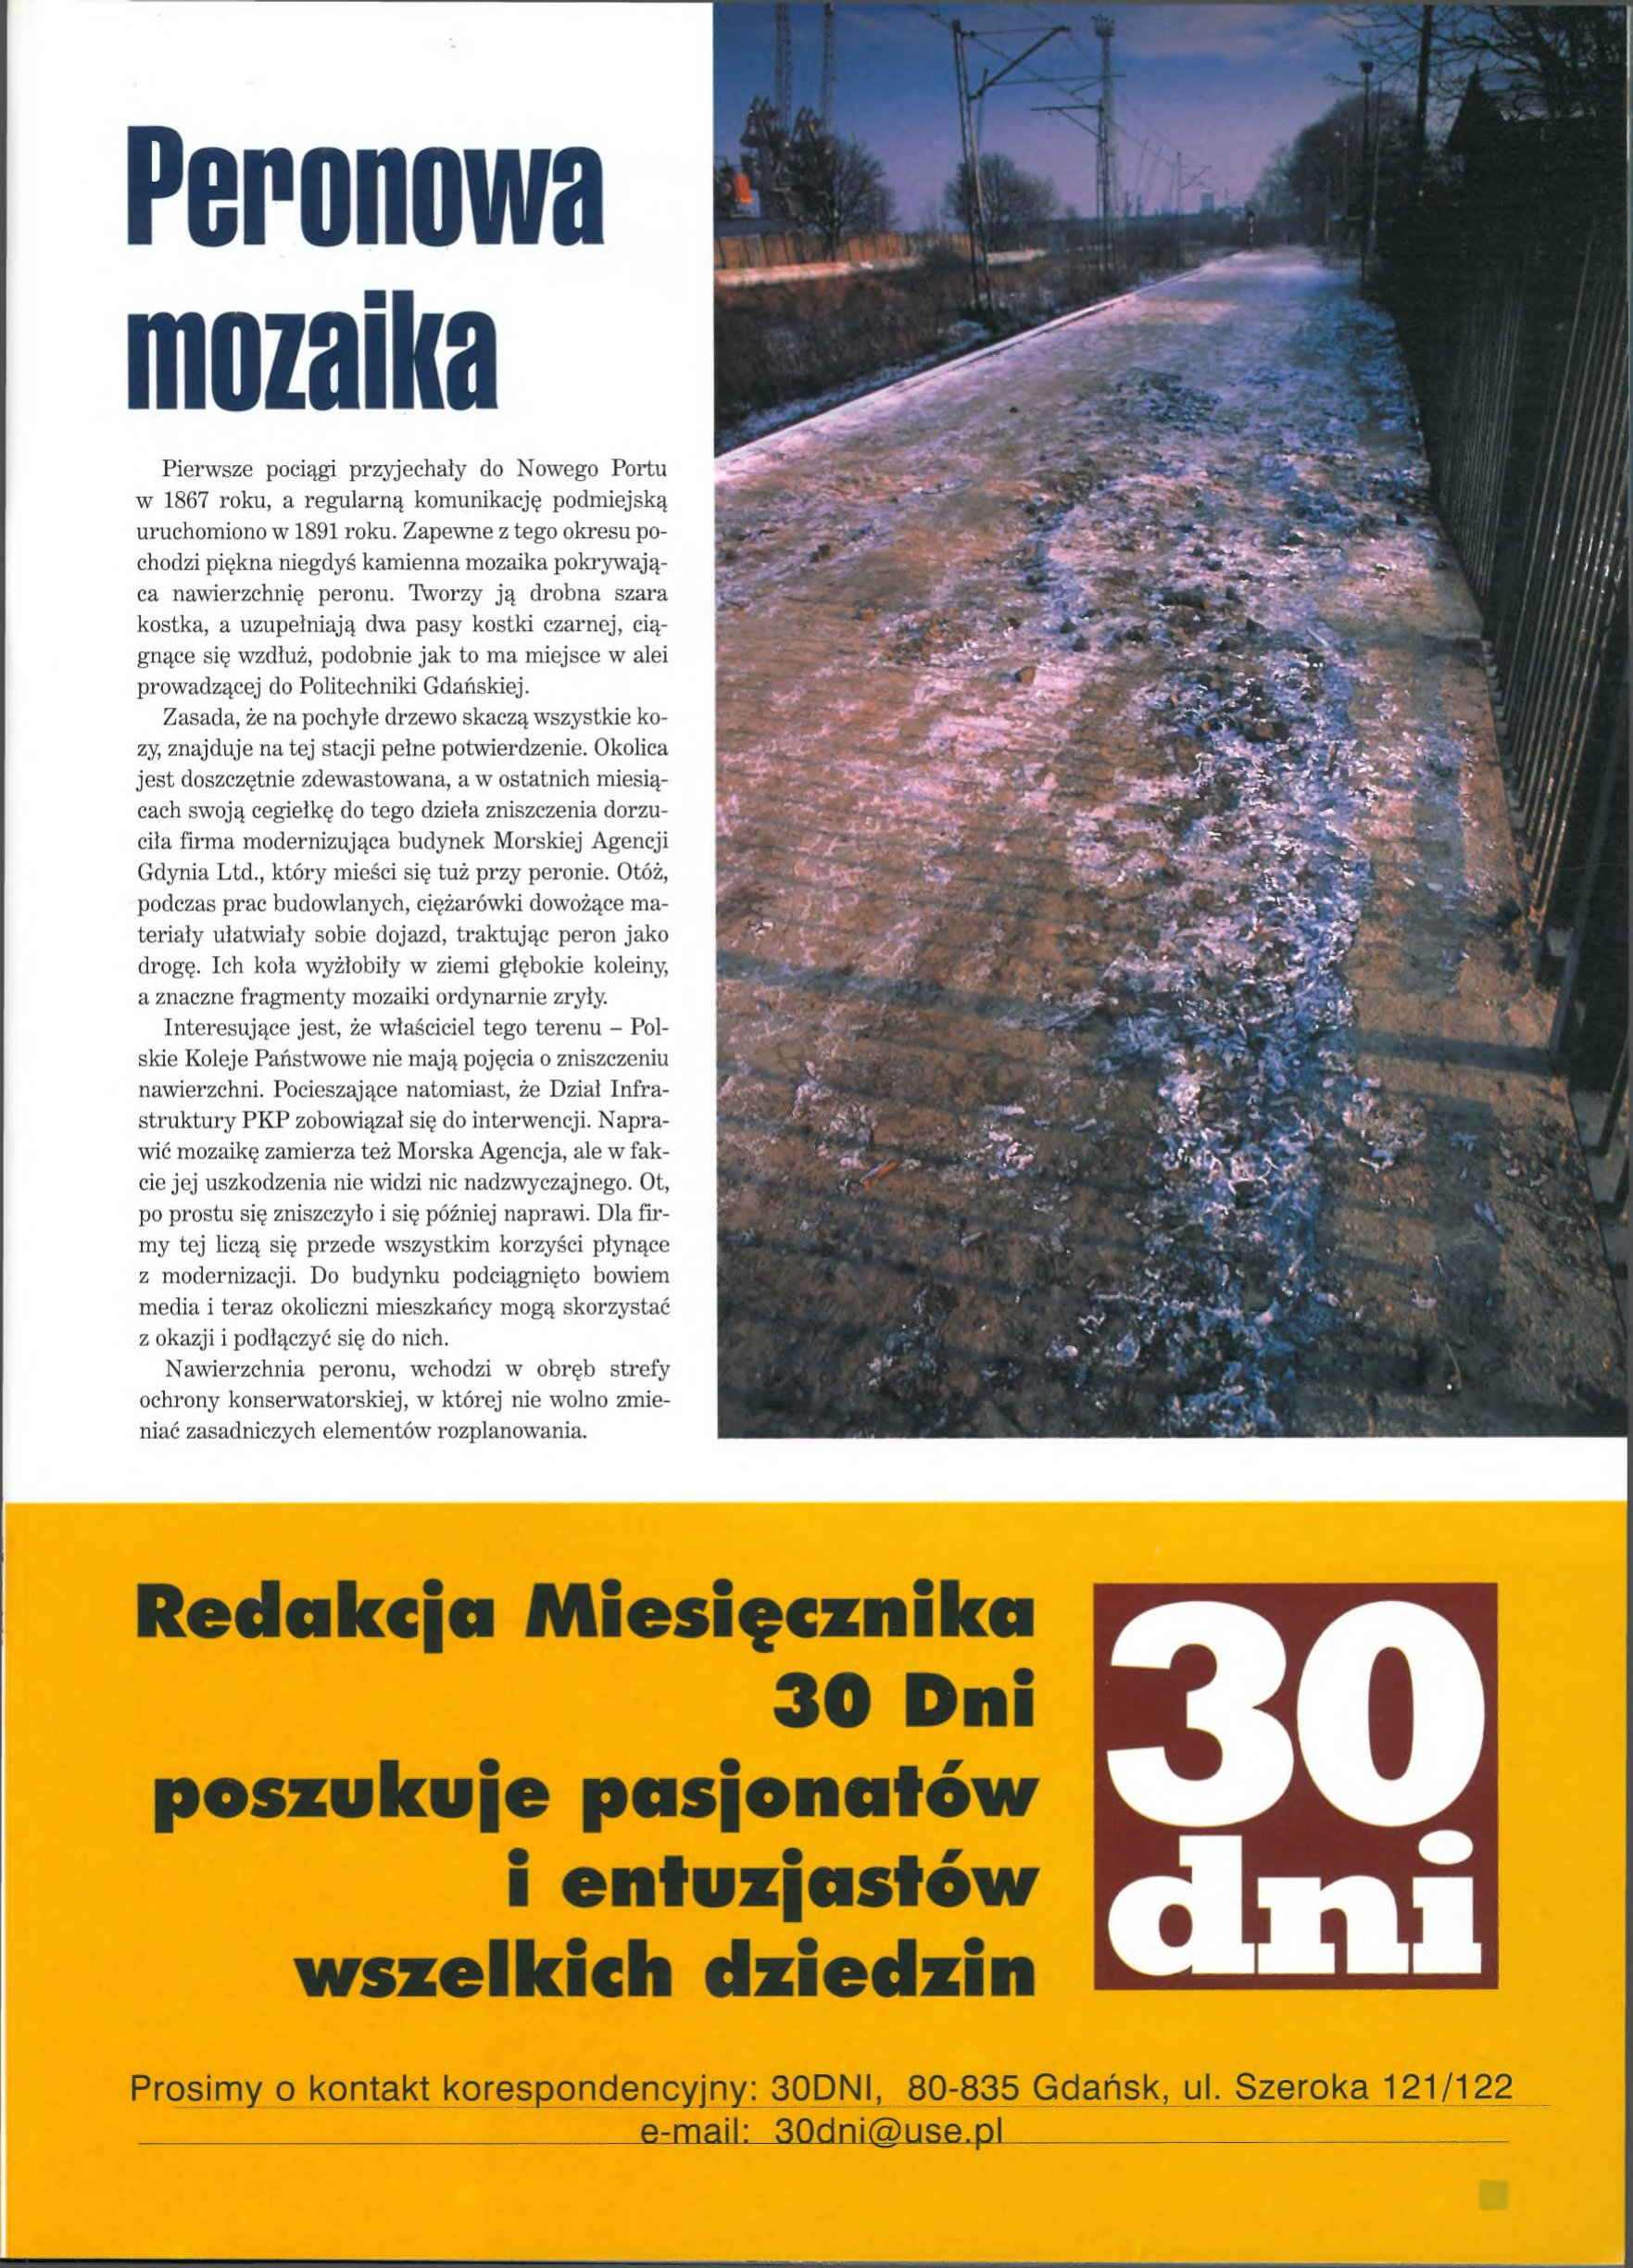
Language: pl